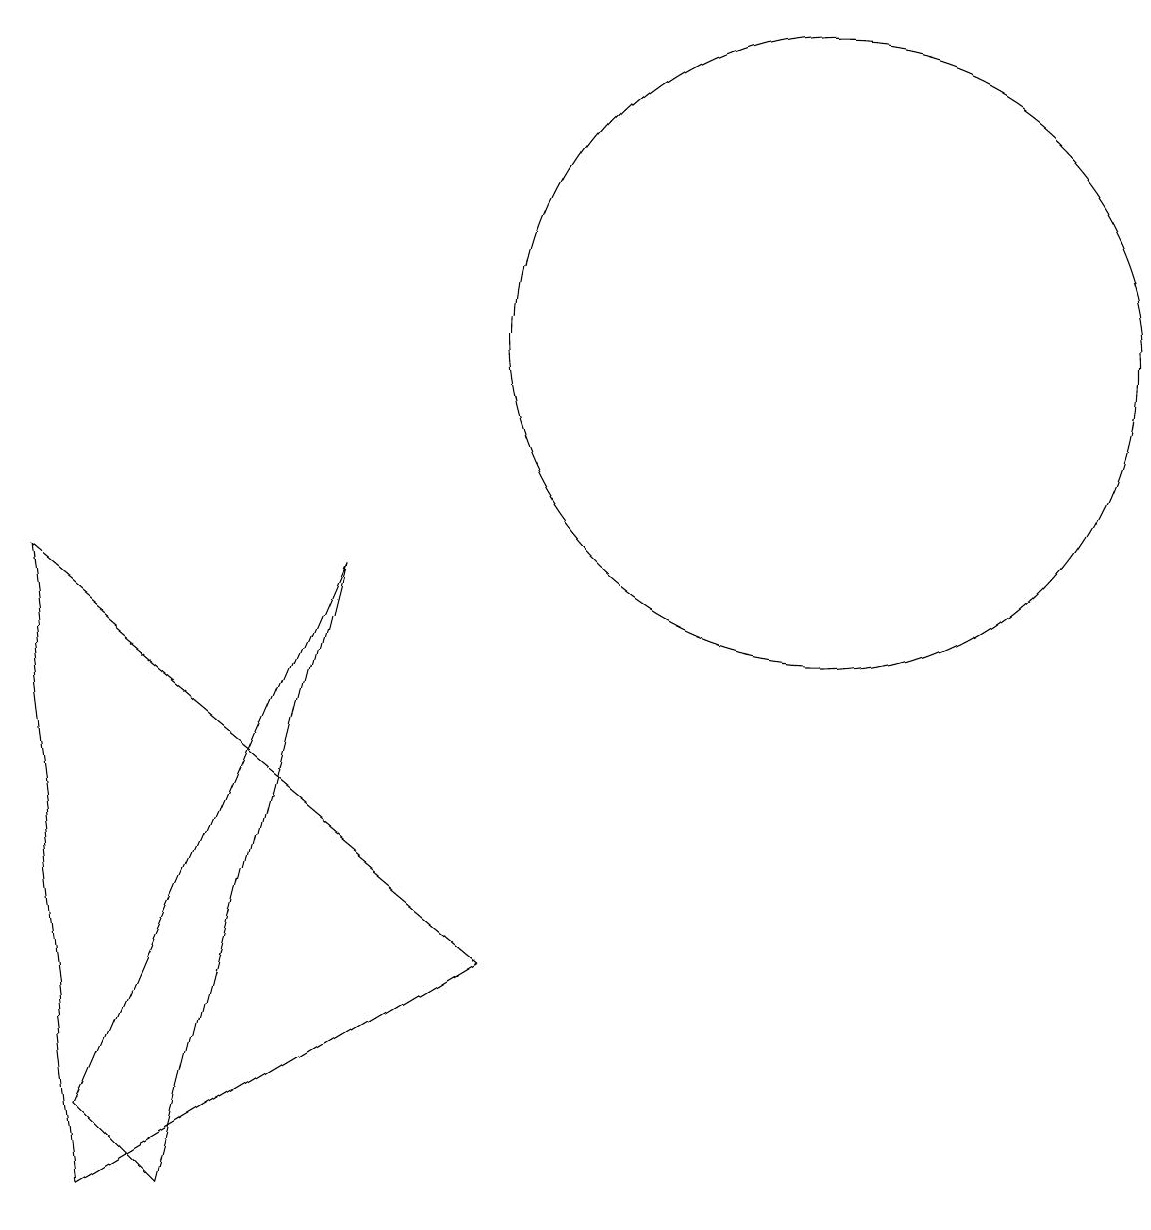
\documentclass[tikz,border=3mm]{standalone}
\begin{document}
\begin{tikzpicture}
\draw (1,9) -- (2,1) -- (7,4) -- cycle;
\draw (11,12) circle (4);
\draw (5,9) -- (3,1) -- (2,2) -- cycle;
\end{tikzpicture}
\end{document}